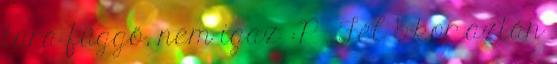
túra függő, nem igaz :P . Fél 5-kor aztán